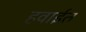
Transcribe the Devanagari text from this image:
हवाईत